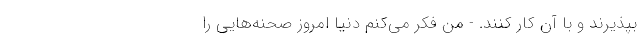
بپذیرند و با آن کار کنند. - من فکر می‌کنم دنیا امروز صحنه‌هایی را